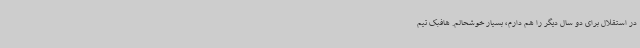
در استقلال برای دو سال دیگر را هم دارم، بسیار خوشحالم. هافبک تیم